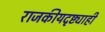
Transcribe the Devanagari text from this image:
राजकीयदृष्ट्याही